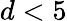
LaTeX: d<5